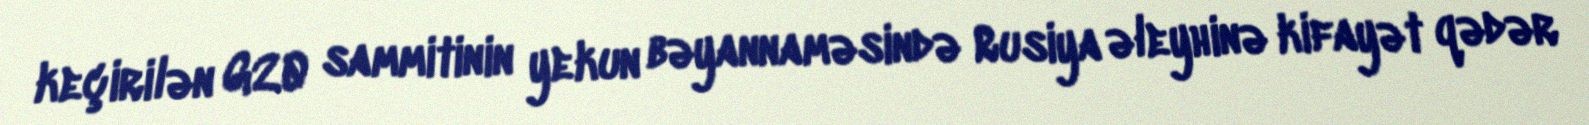
keçirilən G20 sammitinin yekun bəyannaməsində Rusiya əleyhinə kifayət qədər